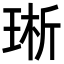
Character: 𪻩